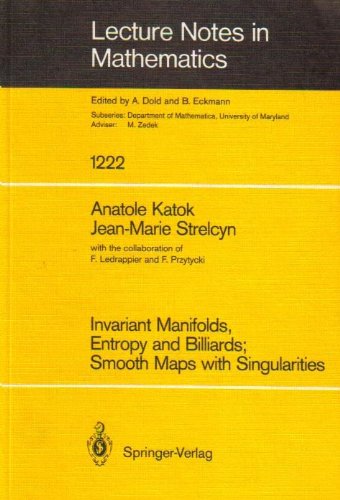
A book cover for Invariant Manifolds, Entropy and Billiards: Smooth Maps With Singularities (Lecture Notes in Mathematics); Anatole B. Katok; Science & Math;